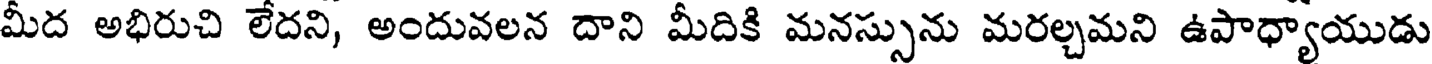
మీద అభిరుచి లేదని, అందువలన దాని మీదికి మనస్సును మరల్చమని ఉపాధ్యాయుడు